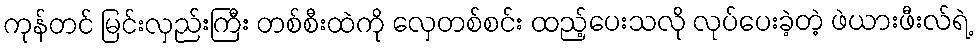
ကုန်တင် မြင်းလှည်းကြီး တစ်စီးထဲကို လှေတစ်စင်း ထည့်ပေးသလို လုပ်ပေးခဲ့တဲ့ ဖဲယားဖီးလ်ရဲ့